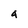
Character: 4